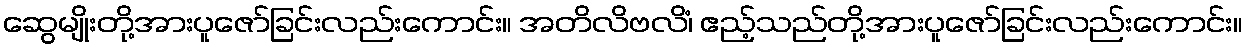
ဆွေမျိုးတို့အားပူဇော်ခြင်းလည်းကောင်း။ အတိလိဗလိံ၊ ဧည့်သည်တို့အားပူဇော်ခြင်းလည်းကောင်း။